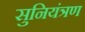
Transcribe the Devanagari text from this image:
सुनियंत्रण